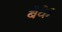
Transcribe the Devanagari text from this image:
बैके